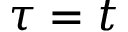
\tau = t